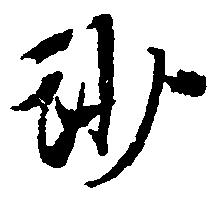
沙